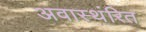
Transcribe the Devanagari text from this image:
अवास्थंरित